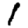
Digit: 1